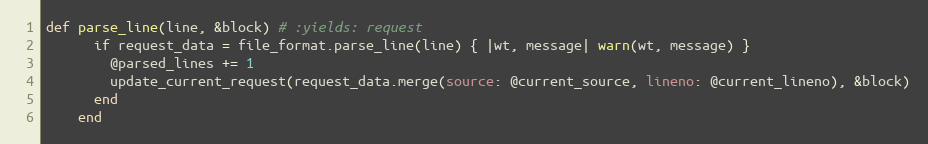
Language: Ruby
def parse_line(line, &block) # :yields: request
      if request_data = file_format.parse_line(line) { |wt, message| warn(wt, message) }
        @parsed_lines += 1
        update_current_request(request_data.merge(source: @current_source, lineno: @current_lineno), &block)
      end
    end